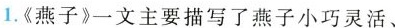
1.《燕子》一文主要描写了燕子小巧灵活、